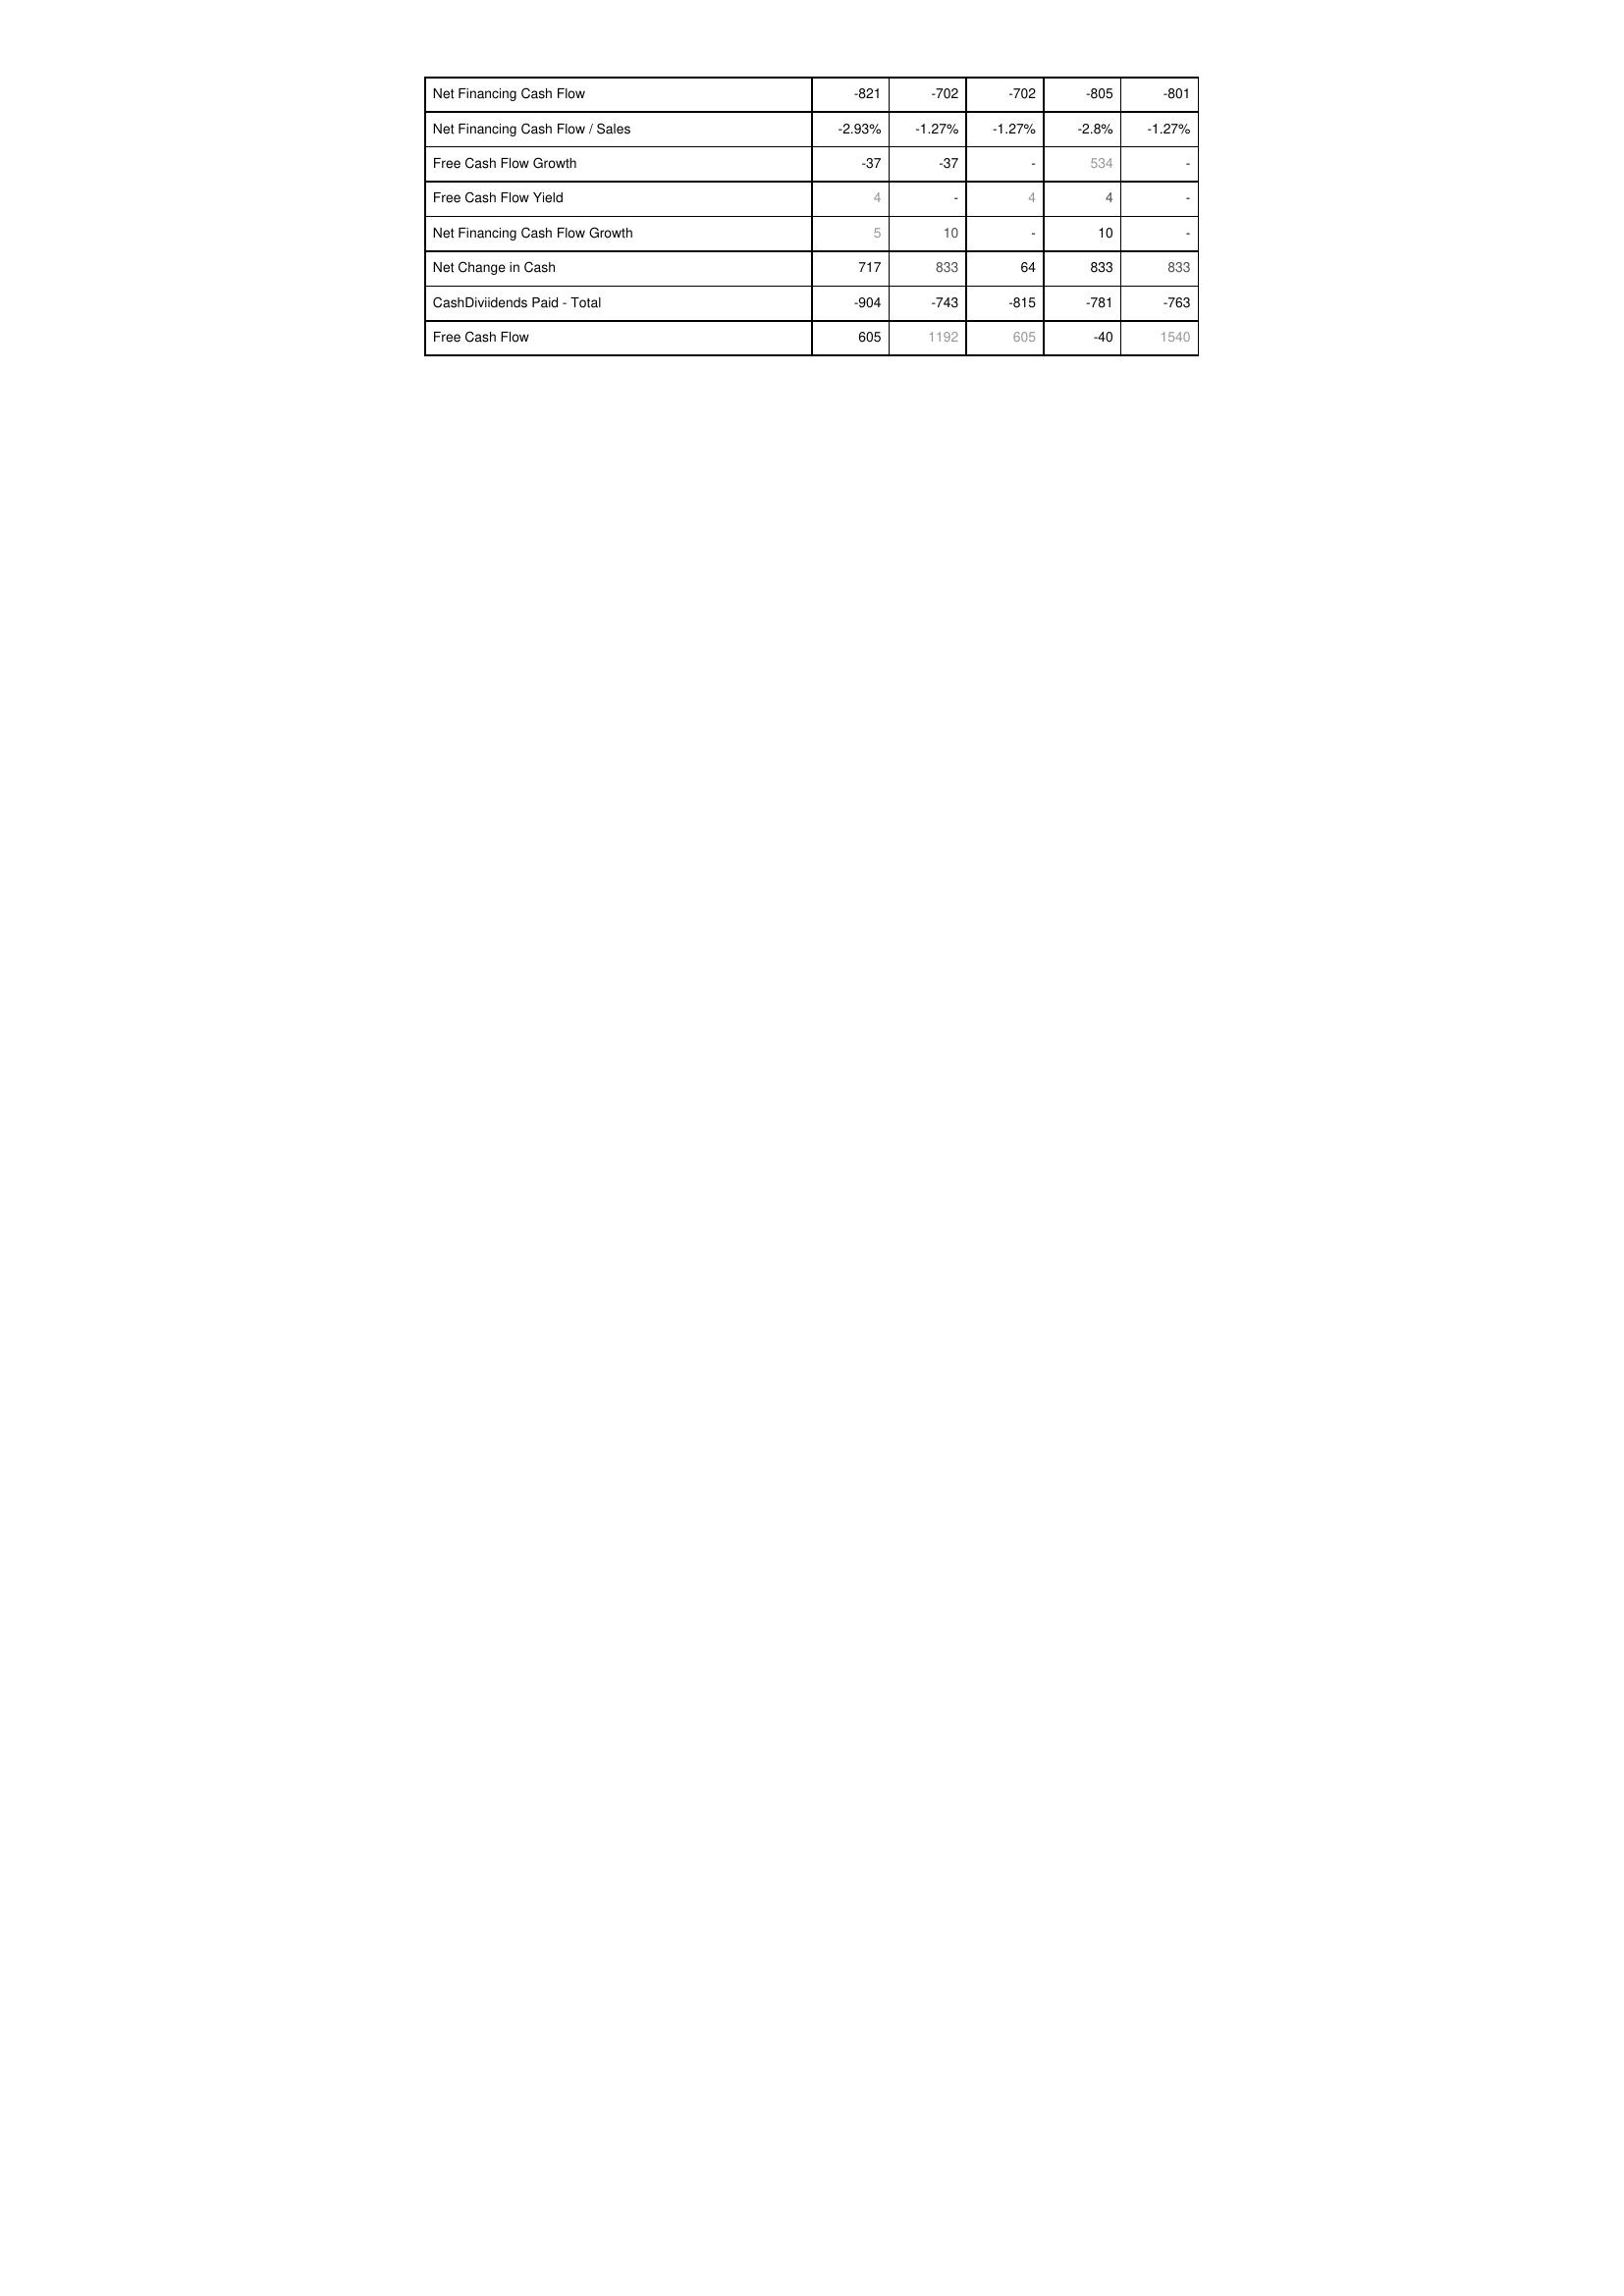
2007: Financing Activities: Net Financing Cash Flow: -821
Net Financing Cash Flow / Sales: -2.93%
Free Cash Flow Growth: -37
Free Cash Flow Yield: 4
Net Financing Cash Flow Growth: 5
Net Change in Cash: 717
CashDiviidends Paid - Total: -904
Free Cash Flow: 605
2006: Financing Activities: Net Financing Cash Flow: -702
Net Financing Cash Flow / Sales: -1.27%
Free Cash Flow Growth: -37
Free Cash Flow Yield: -
Net Financing Cash Flow Growth: 10
Net Change in Cash: 833
CashDiviidends Paid - Total: -743
Free Cash Flow: 1192
2005: Financing Activities: Net Financing Cash Flow: -702
Net Financing Cash Flow / Sales: -1.27%
Free Cash Flow Growth: -
Free Cash Flow Yield: 4
Net Financing Cash Flow Growth: -
Net Change in Cash: 64
CashDiviidends Paid - Total: -815
Free Cash Flow: 605
2004: Financing Activities: Net Financing Cash Flow: -805
Net Financing Cash Flow / Sales: -2.8%
Free Cash Flow Growth: 534
Free Cash Flow Yield: 4
Net Financing Cash Flow Growth: 10
Net Change in Cash: 833
CashDiviidends Paid - Total: -781
Free Cash Flow: -40
2003: Financing Activities: Net Financing Cash Flow: -801
Net Financing Cash Flow / Sales: -1.27%
Free Cash Flow Growth: -
Free Cash Flow Yield: -
Net Financing Cash Flow Growth: -
Net Change in Cash: 833
CashDiviidends Paid - Total: -763
Free Cash Flow: 1540